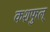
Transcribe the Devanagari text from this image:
कशफुल्